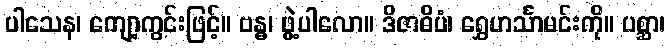
ပါသေန၊ ကျော့ကွင်းဖြင့်။ ဗန္ဓ၊ ဖွဲ့ပါလော။ ဒိဇာဓိပံ၊ ရွှေဟင်္သာမင်းကို။ ပစ္ဆာ၊